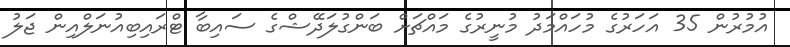
އުމުރުން 35 އަހަރުގެ މުހައްމަދު މުނީރުގެ މައްޗަށް ބަންގުލަދޭޝްގެ ސައިބާ ޓްރައިބިއުނަލްއިން ޖަލު